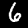
Digit: 6